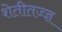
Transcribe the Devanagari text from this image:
शेतीतज्‍ज्ञ